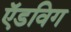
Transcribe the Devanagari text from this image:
ऍडविग